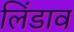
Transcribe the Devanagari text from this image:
लिंडाव